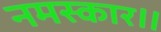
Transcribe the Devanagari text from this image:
नमस्कार॥